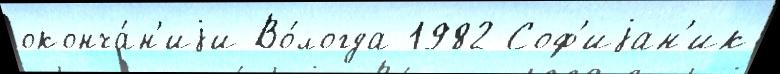
оконча́н'иjи Во́логда 1982 Соф'иjан'ик